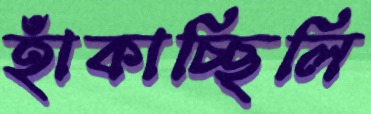
হাঁকাচ্ছিলি